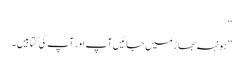
‘‘
’’ہونہہ بھاڑ میں جائیں آپ اور آپ کی کتابیں۔